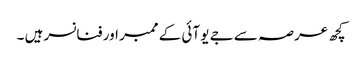
کچھ عرصہ سے جے یو آئی کے ممبر اور فنانسر ہیں ۔